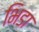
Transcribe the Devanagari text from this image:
भिडा